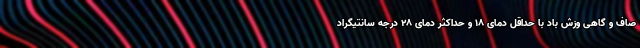
صاف و گاهی وزش باد با حداقل دمای ۱۸ و حداکثر دمای ۲۸ درجه سانتیگراد